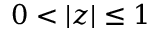
0 < | z | \leq 1